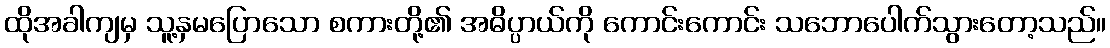
ထိုအခါကျမှ သူ့နှမပြောသော စကားတို့၏ အဓိပ္ပာယ်ကို ကောင်းကောင်း သဘောပေါက်သွားတော့သည်။